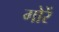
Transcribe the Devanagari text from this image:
गोरें